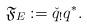
LaTeX: \begin{align*}\mathfrak{F}_E:={\check q}_! q^*.\end{align*}